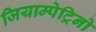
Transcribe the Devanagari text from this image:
जियाम्पेट्रिनो